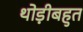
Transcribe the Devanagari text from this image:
थोड़ीबहुत